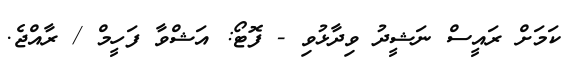
ކަމަށް ރައީސް ނަޝީދު ވިދާޅުވި - ފޮޓޯ: އަޝްވާ ފަހީމް / ރާއްޖެ.